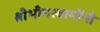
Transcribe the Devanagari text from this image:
श्रीभीमस्वामींनी